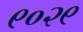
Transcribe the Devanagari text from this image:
९०२९